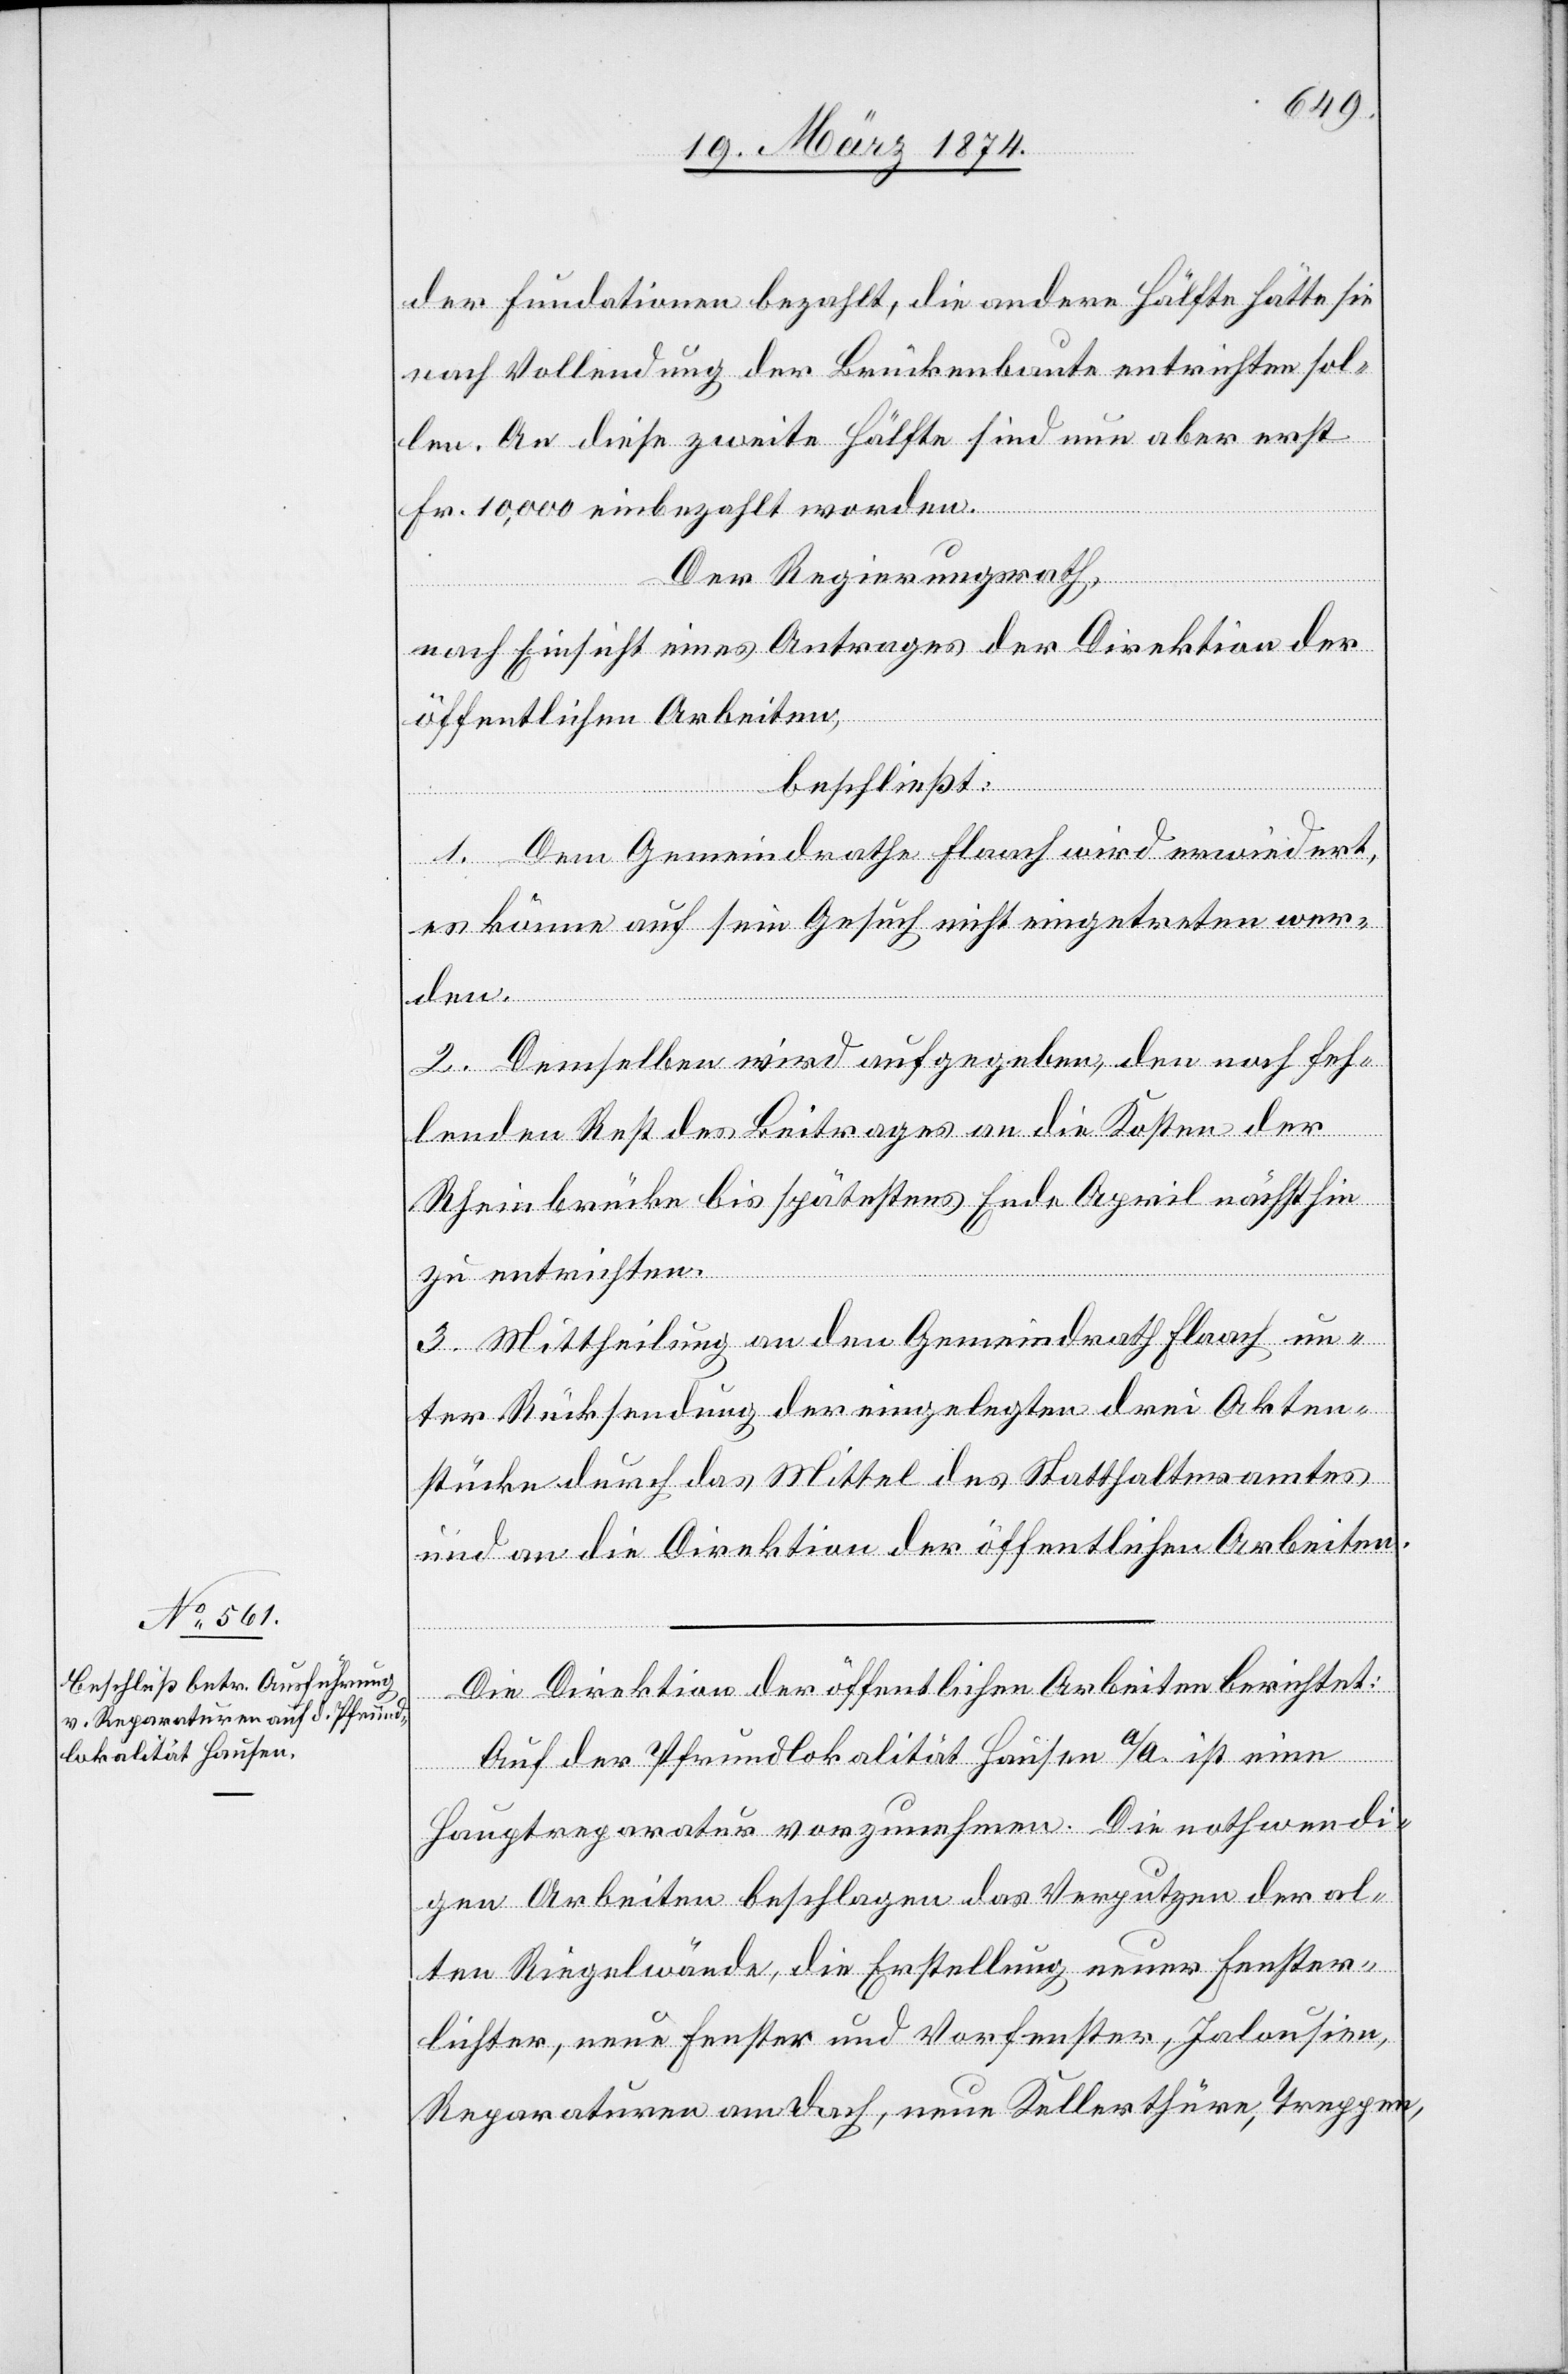
der Fundationen bezahlt, die andere Hälfte hätte sie
nach Vollendung der Brückenbaute entrichten sol¬
len. An diese zweite Hälfte sind nun aber erst
Fr. 10,000 einbezahlt worden.
Der Regierungsrath,
nach Einsicht eines Antrages der Direktion der
öffentlichen Arbeiten,
beschließt:
1. Dem Gemeindrathe Flaach wird erwiedert,
es könne auf sein Gesuch nicht eingetreten wer¬
den.
2. Demselben wird aufgegeben, den noch feh¬
lenden Rest des Beitrages an die Kosten der
Rheinbrücke bis spätestens Ende April nächsthin
zu entrichten.
3. Mittheilung an den Gemeindrath Flaach un¬
ter Rücksendung der eingelegten drei Akten¬
stücke durch das Mittel des Statthalteramtes
und an die Direktion der öffentlichen Arbeiten.
Die Direktion der öffentlichen Arbeiten berichtet:
Auf der Pfrundlokalität Hausen a/A. ist eine
Hauptreparatur vorzunehmen. Die nothwendi¬
gen Arbeiten beschlagen das Verputzen der al¬
ten Riegelwände, die Erstellung neuer Fenster¬
lichter, neue Fenster und Vorfenster, Jalousien,
Reparaturen am Dach, neue Kellerthüre, Treppen,